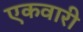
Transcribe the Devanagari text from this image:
एकवारी